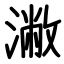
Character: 潎